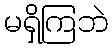
မရှိကြဘဲ